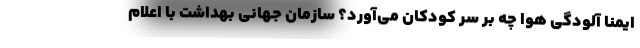
ایمنا آلودگی هوا چه بر سر کودکان می‌آورد؟ سازمان جهانی بهداشت با اعلام